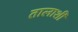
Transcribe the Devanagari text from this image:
तालाशी